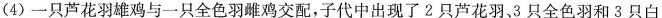
(4)一只芦花羽雄鸡与一只全色羽雌鸡交配，子代中出现了2只芦花羽3只全色羽和3只白